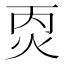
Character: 㶮